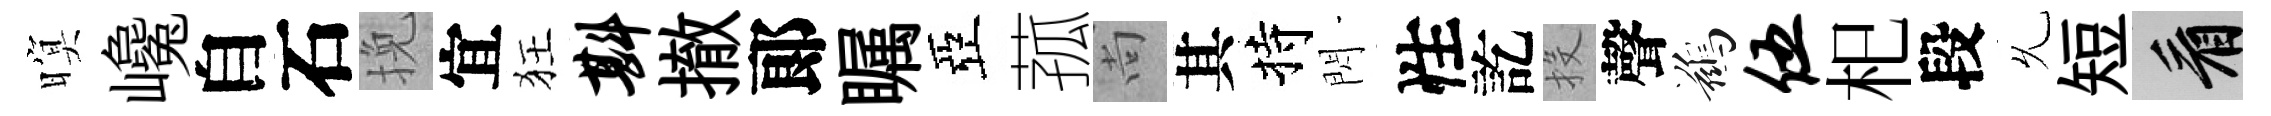
暝巉自石挽宜狂斟撤郞瞩亞菰尚其持閃性訖投聲鷀伍𣏌段𠃔短看